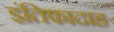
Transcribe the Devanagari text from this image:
इंतिफादाह